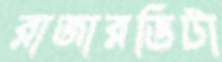
রাজারভিটা